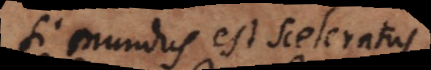
si mundus est sceleratus